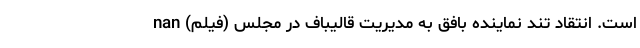
است. انتقاد تند نماینده بافق به مدیریت قالیباف در مجلس (فیلم) nan